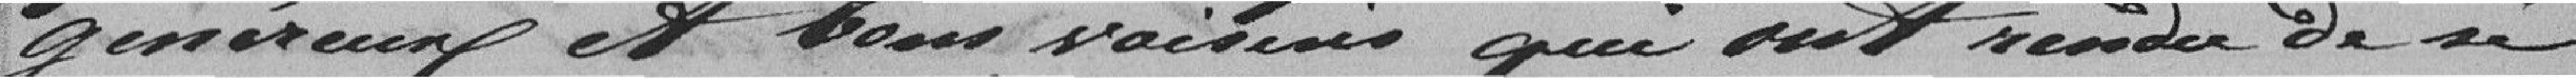
généreux el bous sacnsis qui ant reader de si